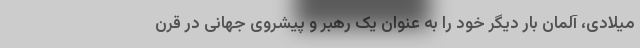
میلادی، آلمان بار دیگر خود را به عنوان یک رهبر و پیشروی جهانی در قرن